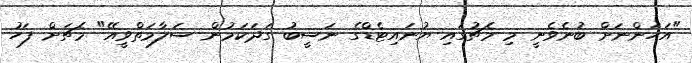
"އަހަންނަށް ބުނެވެނީ މި މެޗުގައި ޔުނައިޓެޑްގެ ނަސީބު ގަދަކަމުން ސަލާމަތްވީއޭ" މެޗަށް ފަހު